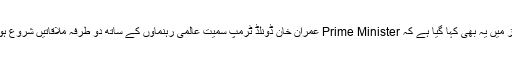
پریس ریلیز میں یہ بھی کہا گیا ہے کہ Prime Minister عمران خان ڈونلڈ ٹرمپ سمیت عالمی رہنماوں کے ساتھ دو طرفہ ملاقاتیں شروع ہو چکی ہیں۔